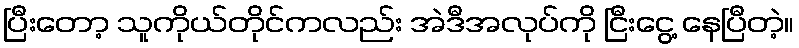
ပြီးတော့ သူကိုယ်တိုင်ကလည်း အဲဒီအလုပ်ကို ငြီးငွေ့ နေပြီတဲ့။